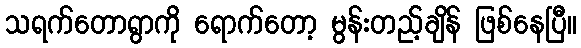
သရက်တောရွာကို ရောက်တော့ မွန်းတည့်ချိန် ဖြစ်နေပြီ။